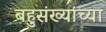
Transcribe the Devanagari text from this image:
बहुसंख्यांच्या